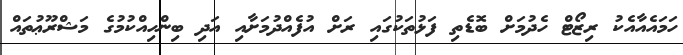
ހަމައެއާއެކު ރިޒޯޓް ހެދުމަށް ބޮޑެތި ފަޅުތަކުގައި ރަށް އުފެއްދުމަށާއި އަދި ބިންހިއްކުމުގެ މަޝްރޫޢުތައް